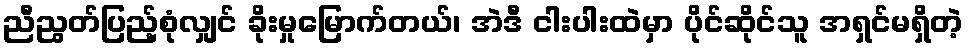
ညီညွတ်ပြည့်စုံလျှင် ခိုးမှုမြောက်တယ်၊ အဲဒီ ငါးပါးထဲမှာ ပိုင်ဆိုင်သူ အရှင်မရှိတဲ့